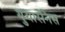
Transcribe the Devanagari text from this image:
गुयारनिस